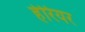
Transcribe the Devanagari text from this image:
हेरियर